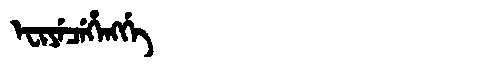
Manchu: ᡝᠸᡳᠶᡝᠴᡝᡥᡝᠩᡤᡝ
Romanization: EFIYECEHENGGE